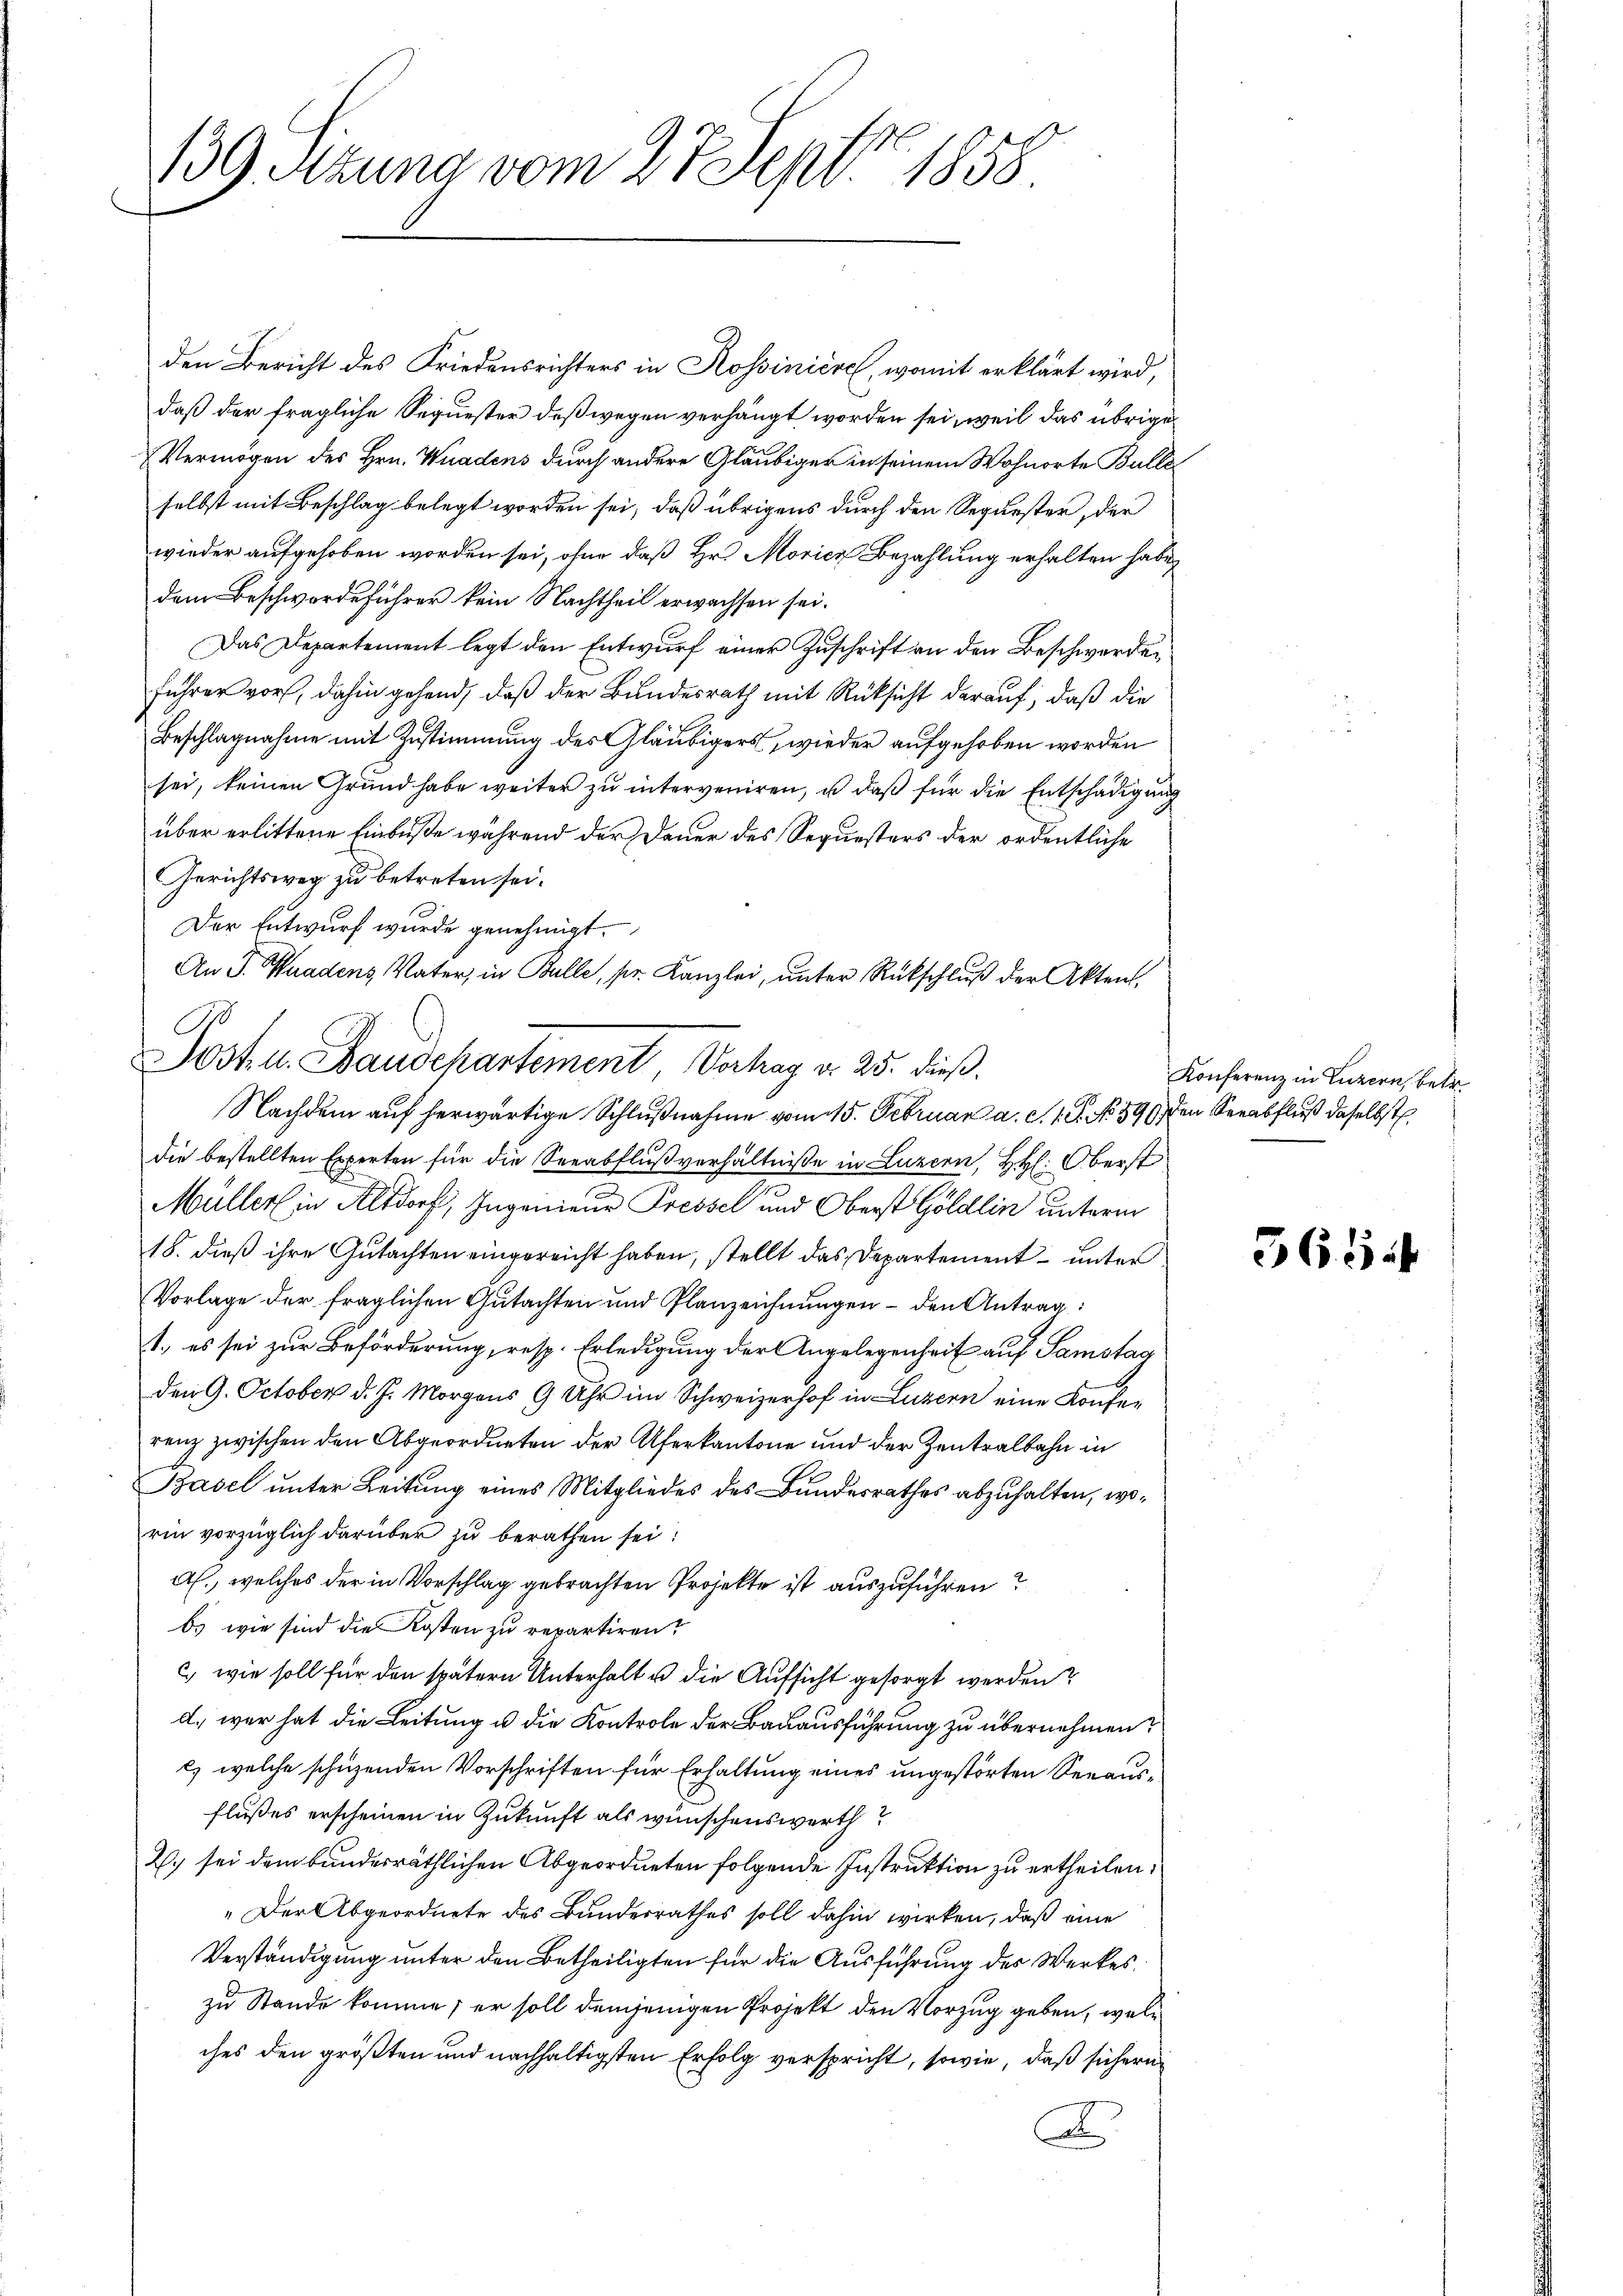
139 Sitzung vom 27. Sept. 1858.

den Bericht des Friedensrichters in Rossiniere, womit erklärt wird,
daß der fragliche Sequester deßwegen verhängt worden sei, weil das übrige
Vermögen des Hrn. Wuadens durch andere Gläubiger in seinem Wohnorte Bulle
selbst mit Beschlag belegt worden sei, daß übrigens durch den Sequester, der
wieder aufgehoben worden sei, ohne daß Hr. Moricz Bezahlung erhalten habe,
dem Beschwerdeführer kein Nachtheil erwachsen sei.
Das Departement legt den Entwurf einer Zuschrift an den Beschwerdeführer vor, dahin gehend, daß der Bundesrath mit Rücksicht darauf, daß die
Beschlagnahme mit Zustimmung des Gläubigers, wieder aufgehoben worden
sei, keinen Grund habe weiter zu interveniren, u. daß für die Entschädigung
über erlittene Einbuße während der Dauer des Sequesters der ordentliche
Gerichtsweg zu betreten sei.
Der Entwurf wurde genehmigt.
An J. Waadens, Vater, in Bulle, pr. Kanzlei, ŭnter Rückschlŭβ der Akten.
die bestellten Experten für die Serabflußverhältnisse in Luzern, HH: Oberst
Müller in Altdorf, Ingenieur Pressel und Oberst Göldlin unterm
18. dieß ihre Gutachten eingereicht haben, stellt das Departement – unter
Vorlage der fraglichen Gutachten und Planzeichnungen – den Antrag:
1., es sei zur Beförderung, resp. Erledigung der Angelegenheit auf Samstag
den 9. October d. J. Morgens 9 Uhr im Schweizerhof in Luzern eine Konferenz zwischen den Abgeordneten der Uferkantone und der Zentralbahn in
Basel unter Leitung eines Mitgliedes des Bundesrathes abzuhalten, worin vorzüglich darüber zu berathen sei:
Al., welches der in Vorschlag gebrachten Projekte ist auszuführen?
bs wie sind die Kosten zu repartiren?
c) wie soll für den spätern Unterhalt u die Aufsicht gesorgt werden?
d. war hat die Leitung u die Kontrole der Bauausführung zu übernehmen:
c) welche schüzenden Vorschriften für Erhaltung eines ungestörten Seeausflußes erscheinen in Zukunft als wünschenswerth
2.) sei dem bundesräthlichen Abgeordneten folgende Instruktion zu ertheilen:
„Der Abgeordnete des Bundesrathes soll dahin wirken, daß eine
Verständigung unter den Betheiligten für die Ausführung des Werkes
zu Stande komme; er soll demjenigen Projekt den Vorzug geben, welc
ches den größten und nachhaltigsten Erfolg verspricht, sowie, daß sichern
A

0
Jost u. Baudepartement Verhag d. 25. dieß.
Nachdem auf herwärtige Schlußnahme vom 15. Februar a. c. 19. No. 396) den Verabfluß daselbst.

Konferenz in Luzern, betr.

3644